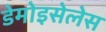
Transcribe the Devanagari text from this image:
डेमोइसेलेस